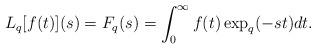
LaTeX: \begin{align*}L_{q} [f(t)](s) = F_{q}(s) = \int_{0}^{\infty} f(t) \exp_{q}(-st) dt.\end{align*}